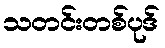
သတင်းတစ်ပုဒ်